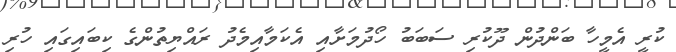
ކުރީ އެމީހާ ބަންދުން ދޫކުރި ސަބަބު ހޯދުމަށާއި އެކަމާއިމެދު ރައްޔިތުންގެ ކިބައިގައި ހުރި